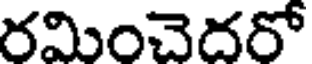
రమించెదరో